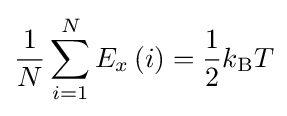
{\frac {1}{N}}\sum \limits _{i=1}^{N}{{E_{x}}\left(i\right)}={\frac {1}{2}}k_{\text{B}}T